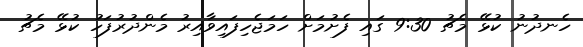
ހެނދުނު ކުޅޭ މެޗު 9:30 ގައި ފެށުމަށް ހަމަޖެހިފައިވާއިރު މެންދުރުފަހު ކުޅޭ މެޗު